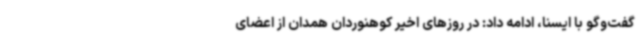
گفت‌وگو با ایسنا، ادامه داد: در روزهای اخیر کوهنوردان همدان از اعضای